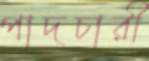
পাদচারী